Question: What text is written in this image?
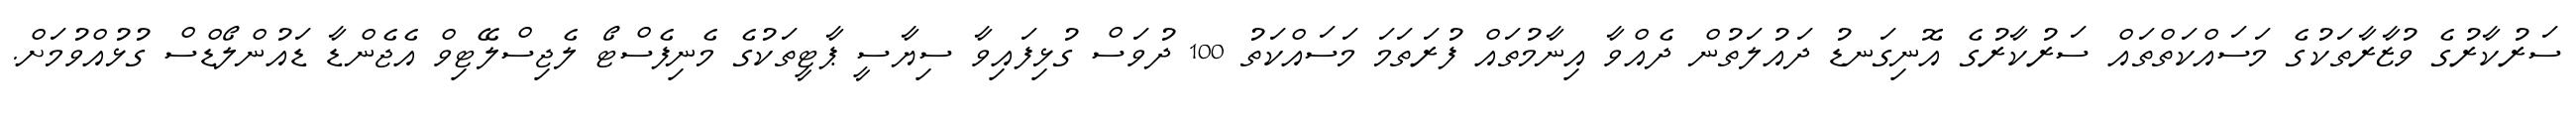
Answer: ސަރުކާރުގެ ވުޒާރާތަކުގެ މަސައްކަތްތައް ސަރުކާރުގެ އޮނިގަނޑު ދައުލަތުން ދެއްވާ އިނާމުތައް ފުރަތަމަ މަސައްކަތު 100 ދުވަސް ގުޅިފައިވާ ސިޔާސީ ޕާޓީތަކުގެ މެނިފެސްޓޯ ލެޖިސްލޭޓިވް އެޖެންޑާ ޑައުންލޯޑްސް ގުޅުއްވުމަށް.